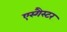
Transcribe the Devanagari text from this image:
एस्गैस्टर